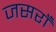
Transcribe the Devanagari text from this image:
जसराँ